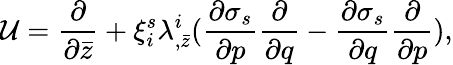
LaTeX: {\cal U}={\frac{\partial}{\partial\bar{z}}}+\xi_{i}^{s}\lambda_{,\bar{z}}^{i}({\frac{\partial\sigma_{s}}{\partial p}}{\frac{\partial}{\partial q}}-{\frac{\partial\sigma_{s}}{\partial q}}{\frac{\partial}{\partial p}}),